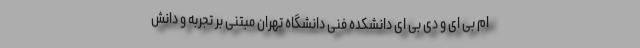
ام بی ای و دی بی ای دانشکده فنی دانشگاه تهران مبتنی بر تجربه و دانش